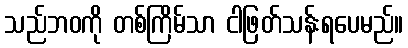
သည်ဘဝကို တစ်ကြိမ်သာ ငါဖြတ်သန်းရပေမည်။